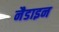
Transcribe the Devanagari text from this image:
नैडाइन